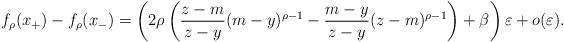
LaTeX: \begin{align*}f_{\rho}(x_+) - f_{\rho}(x_-)&=\left(2\rho\left(\frac{z-m}{z-y}(m-y)^{\rho-1} -\frac{m-y}{z-y}(z-m)^{\rho-1}\right)+\beta\right)\varepsilon + o(\varepsilon).\end{align*}